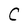
Character: C